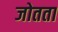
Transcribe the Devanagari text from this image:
जोतता